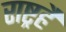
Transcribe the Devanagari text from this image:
राष्ट्रहै